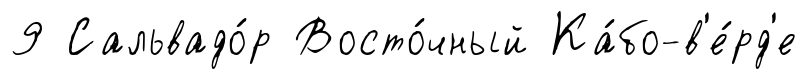
9 Сальвадо́р Восто́чный Ка́бо-в'е́рд'е